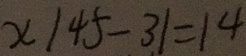
x \vert 4 5 - 3 1 = 1 4